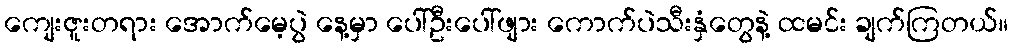
ကျေးဇူးတရား အောက်မေ့ပွဲ နေ့မှာ ပေါ်ဦးပေါ်ဖျား ကောက်ပဲသီးနှံတွေနဲ့ ထမင်း ချက်ကြတယ်။